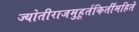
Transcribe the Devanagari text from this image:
ज्योतीराजमुहूर्तकिर्तीमहिते